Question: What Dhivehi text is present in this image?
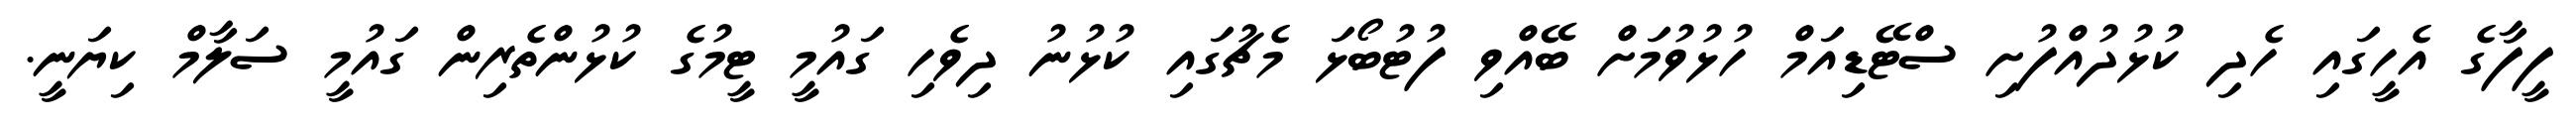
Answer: ފީފާގެ އެހީގައި ހެދި ކުޅުދުއްފުށި ސްޓޭޑިއަމް ހުޅުވުމަށް ބޭއްވި ފުޓުބޯޅަ މެޗުގައި ކުޅުނު ދިވެހި ގައުމީ ޓީމުގެ ކުޅުންތެރިން ގައުމީ ސަލާމް ކިޔަނީ.